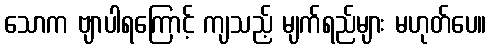
သောက ဗျာပါရကြောင့် ကျသည့် မျက်ရည်များ မဟုတ်ပေ။